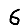
Digit: 6